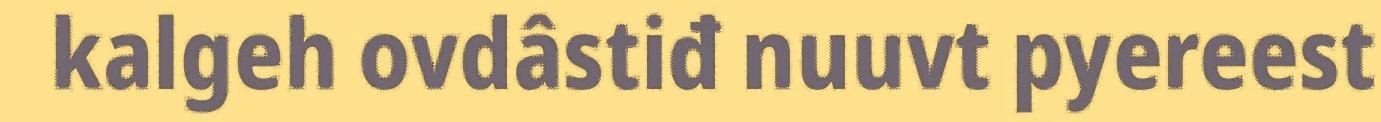
kalgeh ovdâstiđ nuuvt pyereest